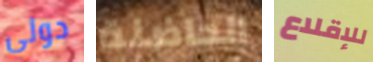
دولي الحاضنة للإقلاع